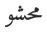
محشو